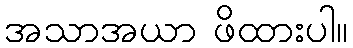
အသာအယာ ဖိထားပါ။